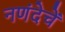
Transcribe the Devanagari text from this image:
नणंदेचें